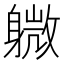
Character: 𫏭